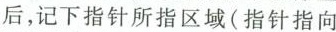
后，记下指针所指区域（指针指向